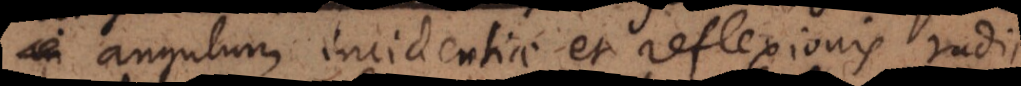
angulum incidentiae et reflexionis radii